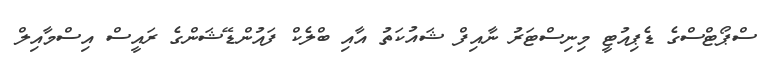
ސްޕޯޓްސްގެ ޑެޕިއުޓީ މިނިސްޓަރު ނާއިފް ޝައުކަތު އާއި ބްލެކް ފައުންޑޭޝަންގެ ރައީސް އިސްމާއިލް